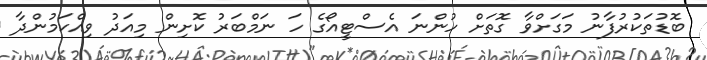
ބޮޑުތަކުރުފާނު މަގަށްވާ ގޮތަށް ހުންނަ އެސްޓީއޯގެ ހަ ނަމްބަރު ކޮށިން މިއަދު ވިއްކަމުންދާ